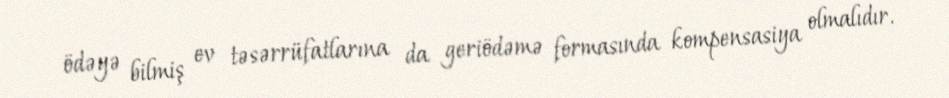
ödəyə bilmiş ev təsərrüfatlarına da geriödəmə formasında kompensasiya olmalıdır.